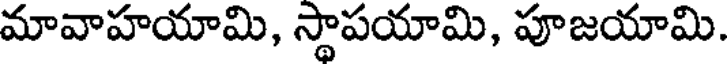
మావాహయామి, స్థాపయామి, పూజయామి.